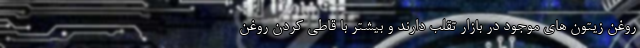
روغن زیتون های موجود در بازار تقلب دارند و بیشتر با قاطی کردن روغن